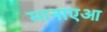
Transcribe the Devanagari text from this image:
मानाएआ